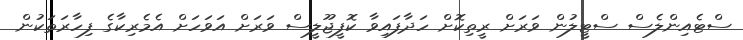
ސްޓެއިންލެސް ސްޓީލުން ވަރަށް ރީތިކޮށް ހަދާފައިވާ ކޮފީޖޫލީސް ވަރަށް އަވަހަށް އެމެރިކާގެ ފިހާރަތަކުން